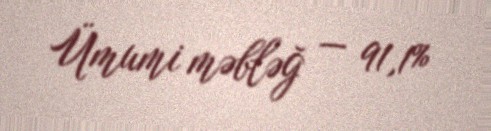
Ümumi məbləğ — 91,1%